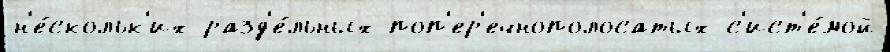
н'е́скольк'их разд'е́льных поп'ер'ечнополосатых с'ист'е́мой